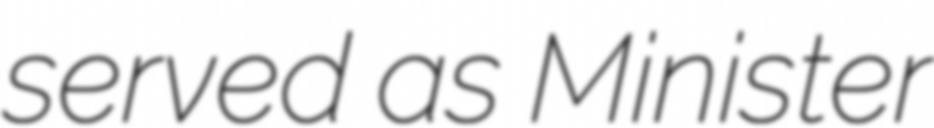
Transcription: served as Minister